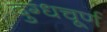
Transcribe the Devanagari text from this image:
दुग्धचूर्ण